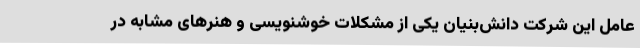
عامل این شرکت دانش‌بنیان یکی از مشکلات خوشنویسی و هنرهای مشابه در